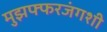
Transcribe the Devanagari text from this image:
मुझफ्फरजंगशी